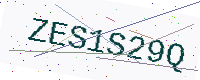
Text: ZES1S29Q